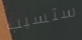
ستسبب